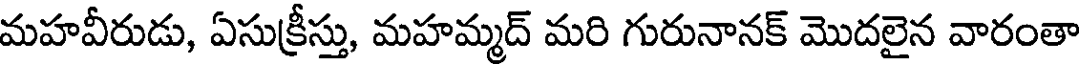
మహవీరుడు, ఏసుక్రీస్తు, మహమ్మద్ మరి గురునానక్ మొదలైన వారంతా